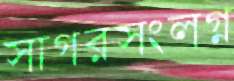
সাগরসংলগ্ন